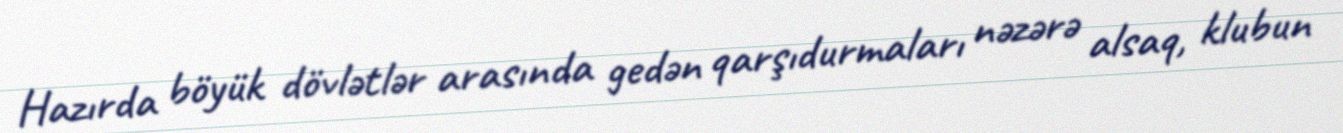
Hazırda böyük dövlətlər arasında gedən qarşıdurmaları nəzərə alsaq, klubun